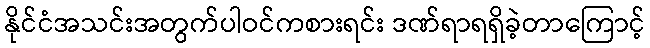
နိုင်ငံအသင်းအတွက်ပါဝင်ကစားရင်း ဒဏ်ရာရရှိခဲ့တာကြောင့်